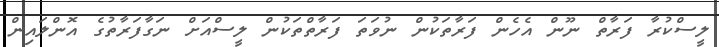
ލީސްކުރާ ފަރާތް ނޫން އެހެން ފަރާތަކުން ނުވަތަ ފަރާތްތަކުން ލީސްއަށް ނަގާފަރާތުގެ އޮންލައިން